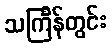
သင်္ကြန်တွင်း